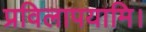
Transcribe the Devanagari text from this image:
प्रविलापयामि।